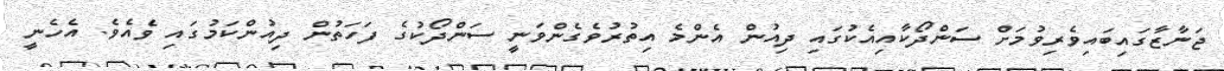
ޖަނާޒާގައިބައިވެރިވުމަށް ސަންދޯކާއިއެކުގައި ދިއުން އެންމެ އިތުރުވެގެންވަނީ ސަންދޯކުގެ ފަހަތުން ދިއުންކަމުގައި ވެއެވެ. އެހެނީ